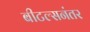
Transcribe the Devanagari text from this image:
बीटल्सनंतर